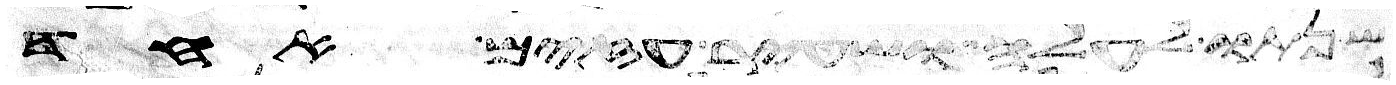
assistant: שנתו לעלה ושעיר עזים אחד